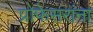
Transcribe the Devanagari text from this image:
प्रोफेसरांना